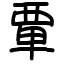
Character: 𫟛